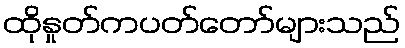
ထိုနှုတ်ကပတ်တော်များသည်